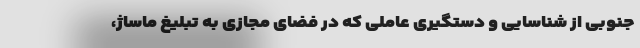
جنوبی از شناسایی و دستگیری عاملی که در فضای مجازی به تبلیغ ماساژ،